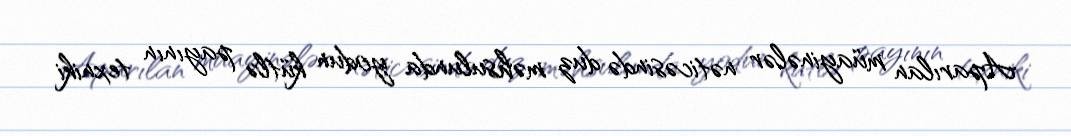
Aparılan müayinələr nəticəsində duz məhsulunda yodun kütlə payının texniki